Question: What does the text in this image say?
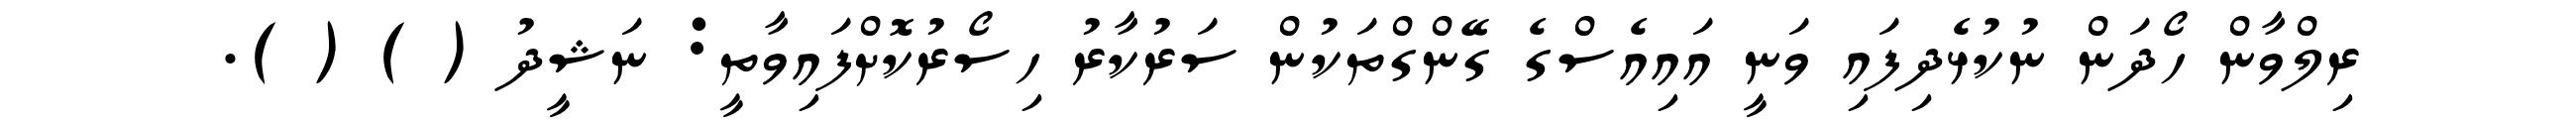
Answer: ރިލްވާން ހޯދަން ނުކުޅެދިފައި ވަނީ އައިއެސްގެ ގޭންގްތަކުން ސަރުކާރު ހިސޯރުކޮށްފައިވާތީ: ނަޝީދު ( ) ( ).